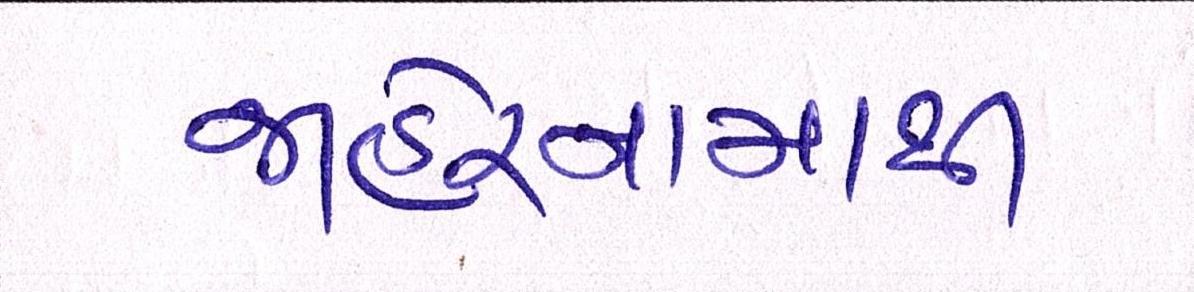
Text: જાહેરનામાથી